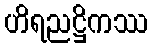
ဟိရညဋ္ဌိကဿ